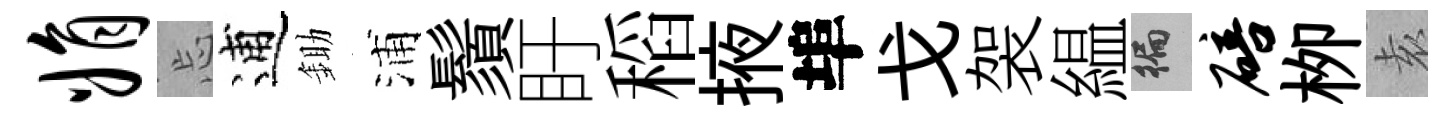
娟忘逋鋤浦鬚盱稻掖埠戈袈緼徧碚栁𡊮